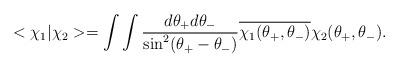
LaTeX: \begin{align*}<\chi_{1}|\chi_{2}>=\int\int\frac{d\theta_{+}d\theta_{-}}{\sin^{2}(\theta_{+}-\theta_{-})}\overline{\chi_{1}(\theta_{+},\theta_{-})}\chi_{2}(\theta_{+},\theta_{-}). \end{align*}